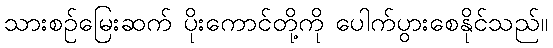
သားစဉ်မြေးဆက် ပိုးကောင်တို့ကို ပေါက်ပွားစေနိုင်သည်။